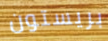
بريستون